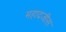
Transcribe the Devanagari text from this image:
महादजीस